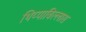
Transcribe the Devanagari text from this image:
थिय्याबिल्लास